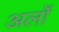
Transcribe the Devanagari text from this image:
अर्लों